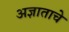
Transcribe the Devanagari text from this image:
अज्ञाताचे